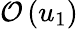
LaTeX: \mathcal{O}\left(u_{1}\right)